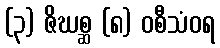
(၃) ဇိဃစ္ဆ (၈) ဝစီသံဝရ